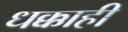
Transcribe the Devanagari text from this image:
धक्काही